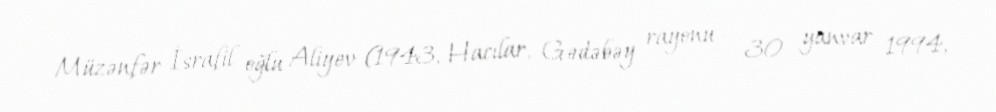
Müzənfər İsrafil oğlu Aliyev (1943, Hacılar, Gədəbəy rayonu – 30 yanvar 1994,